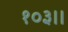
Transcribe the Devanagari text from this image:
१०३।।